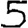
Digit: 5